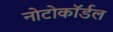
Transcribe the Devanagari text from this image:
नोटोकॉर्डल